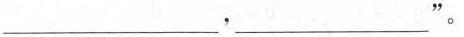
___，___”。